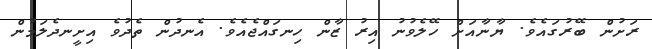
ރަށުން ބޭރުގައެވެ. ޔާނާއަށް ހޭލެވުނު އިރު ޒާން ހިނގައްޖެއެވެ. އެނދުން ތެދުވެ އިށީނދެލަމުން